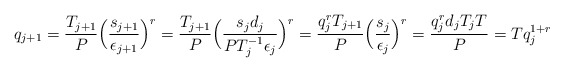
\begin{align*}q_{j+1} = \frac{T_{j+1}}{P} \Big(\frac{s_{j+1}}{\epsilon_{j+1}}\Big)^r = \frac{T_{j+1}}{P} \Big(\frac{s_{j}d_{j}}{PT^{-1}_{j}\epsilon_{j}}\Big)^r = \frac{q^r_{j} T_{j+1} }{P }\Big(\frac{s_{j}}{\epsilon_{j}}\Big)^r= \frac{q^r_{j} d_j { T_{j}} T}{P } = T q^{1+r}_{j} \end{align*}